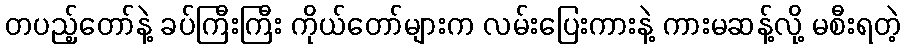
တပည့်တော်နဲ့ ခပ်ကြီးကြီး ကိုယ်တော်များက လမ်းပြေးကားနဲ့ ကားမဆန့်လို့ မစီးရတဲ့